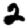
Digit: 2